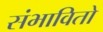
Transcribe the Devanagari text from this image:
संभावितो